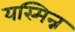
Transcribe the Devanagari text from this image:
यस्मिन्न